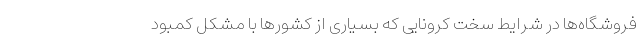
فروشگاه‌ها در شرایط سخت کرونایی که بسیاری از کشورها با مشکل کمبود